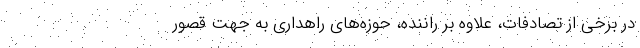
در برخی از تصادفات، علاوه بر راننده، حوزه‌های راهداری به جهت قصور